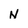
Character: N